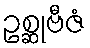
ဥစ္ဆုဗီဇံ